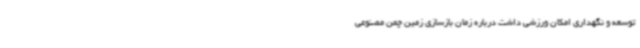
توسعه و نگهداری امکان ورزشی داشت درباره زمان بازسازی زمین چمن مصنوعی